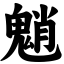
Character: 魈